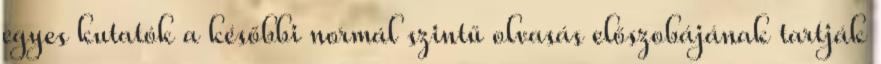
egyes kutatók a későbbi normál szintű olvasás előszobájának tartják